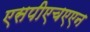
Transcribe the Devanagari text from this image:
एसपीएचएएन